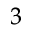
^ 3